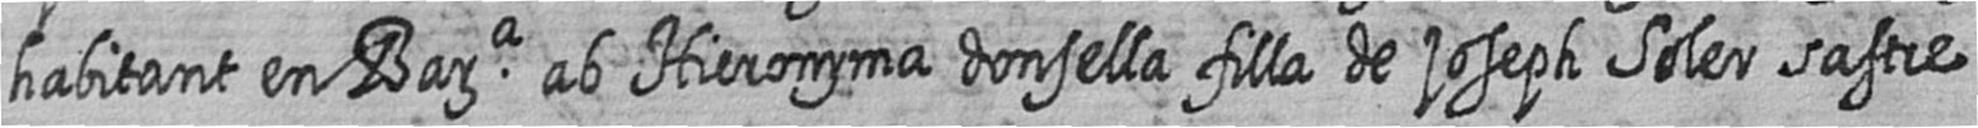
habitant en Bara ab Hieronyma donsella filla de joseph Soler sastre